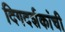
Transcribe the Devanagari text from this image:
दिगदर्शकांची